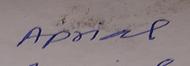
Signature authenticity: forged